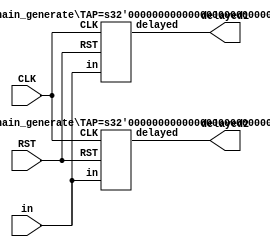
/***********************************************
Module Name:   top_DFF_chain_generate
Feature:       DFF delay chain with parameter #delay_tap
               Coder:         Garfield
Organization:  XXXX Group, Department of Architecture
------------------------------------------------------
Input ports:   in, 1 bits, input
               CLK, 1bit clock
               RST, 1 bit, reset
Output Ports:  delayed1, delayed2, 1 bits, delayed outputs
------------------------------------------------------
History:
02-05-2016: First Version by Garfield
02-05-2016: First verified by DFF_chain_generate_test  ISE/Modelsim
***********************************************/
module top_DFF_chain_generate
//Clock frequency in unit of MHz
  ( 
    input in,
    input CLK, input RST,
    output delayed1, delayed2
  );
localparam TAP1 = 5, TAP2 = 7;
//Delay #tap

//Load other module(s)
DFF_chain_generate #(.TAP(TAP1)) D1(.in(in),
             .CLK(CLK), .RST(RST),
             .delayed(delayed1) );
             
DFF_chain_generate #(.TAP(TAP2)) D2(.in(in),
             .CLK(CLK), .RST(RST),
             .delayed(delayed2) );             
//Definition for Variables in the module

endmodule

/***********************************************
Module Name:   DFF_chain_generate
Feature:       DFF delay chain with parameter #delay_tap
               Generate DFF elements in seperated always blocks
Coder:         Garfield
Organization:  XXXX Group, Department of Architecture
------------------------------------------------------
Input ports:   in, 1 bits, input
               CLK, 1bit clock
               RST, 1 bit, reset
Output Ports:  delayed, 1 bits, delayed output
------------------------------------------------------
History:
02-05-2016: First Version by Garfield
02-05-2016: First verified by DFF_chain_generate_test  ISE/Modelsim
***********************************************/
module DFF_chain_generate
//Clock frequency in unit of MHz
  ( 
    input in,
    input CLK, input RST,
    output delayed
  );
parameter TAP = 3;
//Delay #tap
//Load other module(s)

//Definition for Variables in the module

reg[TAP - 1 : 0] D;
//DFF for delay

//Logical
assign delayed = D[TAP - 1];
//Assigned the output

always @(posedge CLK or negedge RST)
begin
    if (!RST)
    //Reset
    begin
        D[0] <= 1'h0;
    end
    else
    //Working
    begin
        D[0] <= in;
    end
end

generate 
 //Genarate delay chain
genvar loop; 
for (loop = 1; loop < TAP; loop = loop + 1)
begin: delay
    always @(posedge CLK or negedge RST)
    begin
        if (!RST)
        //Reset
        begin
            D[loop] <= 1'h0;
        end
        else
        //Working
        begin
            D[loop] <= D[loop - 1];
        end
    end
end
endgenerate

endmodule